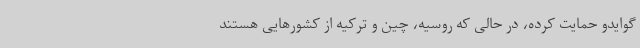
گوایدو حمایت کرده، در حالی که روسیه، چین و ترکیه از کشورهایی هستند